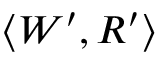
\langle W ^ { \prime } , R ^ { \prime } \rangle